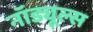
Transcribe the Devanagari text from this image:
नॉड्यूल्स